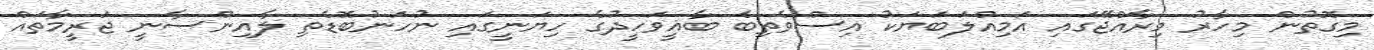
މިގޮތުން މިހާރު މިރާއްޖޭގައި އަމިއްލަބަޔަކު އިސްވެތިބެ ބާޣީވަހީދުގެ ހިޔަނީގައި ނުހަނުބޮޑެތި ލާއިންސާނީ ޖަރީމާތައް